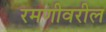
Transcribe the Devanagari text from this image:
रमणीवरील